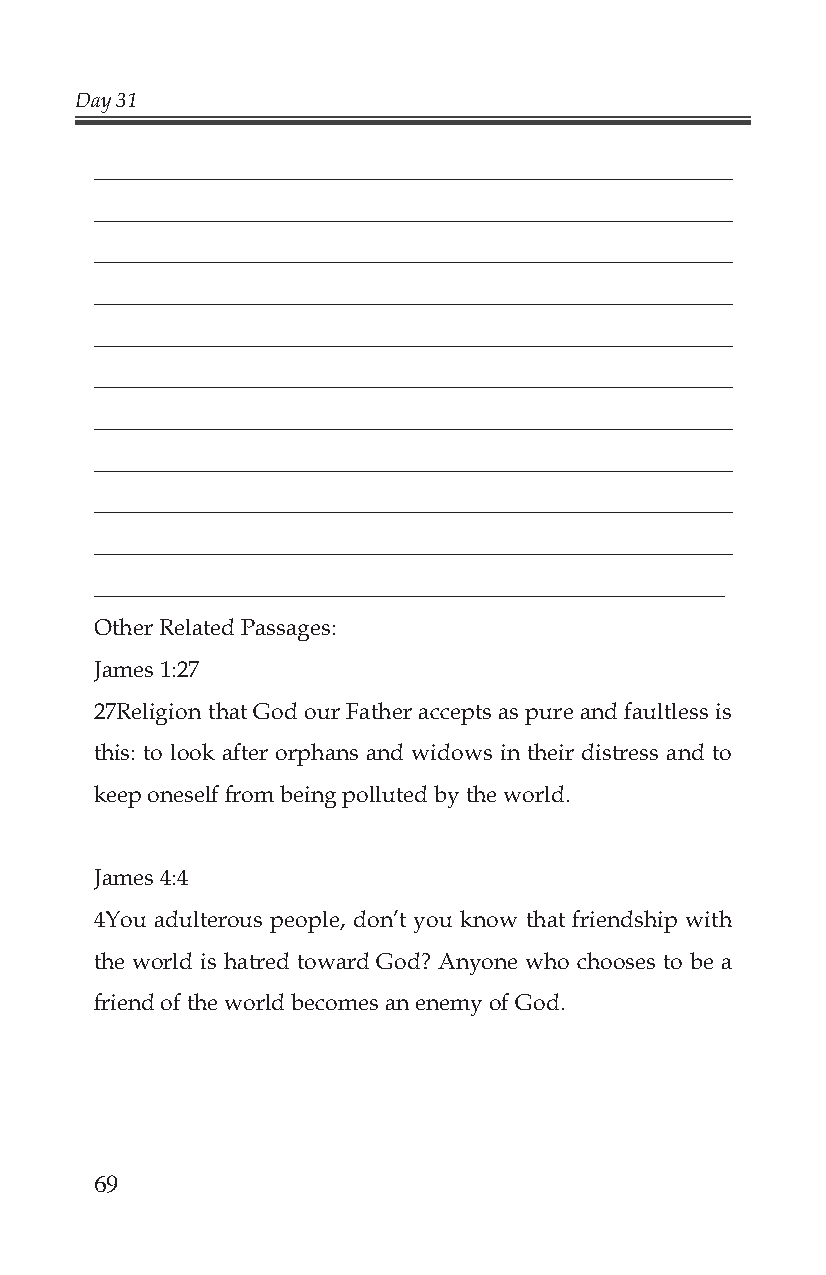
Day 31
 _______________________________________________________
 _______________________________________________________
 _______________________________________________________
 _______________________________________________________
 _______________________________________________________
 _______________________________________________________
 _______________________________________________________
 _______________________________________________________
 _______________________________________________________
 _______________________________________________________
 _______________________________________________________
 Other Related Passages:
 James 1:27
 27Religion that God our Father accepts as pure and faultless is
 this: to look after orphans and widows in their distress and to
 keep oneself from being polluted by the world.
 James 4:4
 4You adulterous people, don’t you know that friendship with
 the world is hatred toward God? Anyone who chooses to be a
 friend of the world becomes an enemy of God.
 69